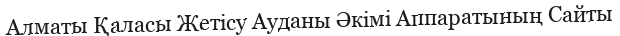
Алматы Қаласы Жетісу Ауданы Әкімі Аппаратының Сайты